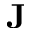
\mathbf J